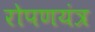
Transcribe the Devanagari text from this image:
रोपणयंत्र